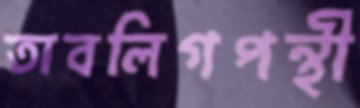
তাবলিগপন্থী